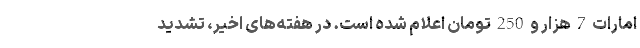
امارات 7 هزار و 250 تومان اعلام شده است. در هفته‌های اخیر، تشدید